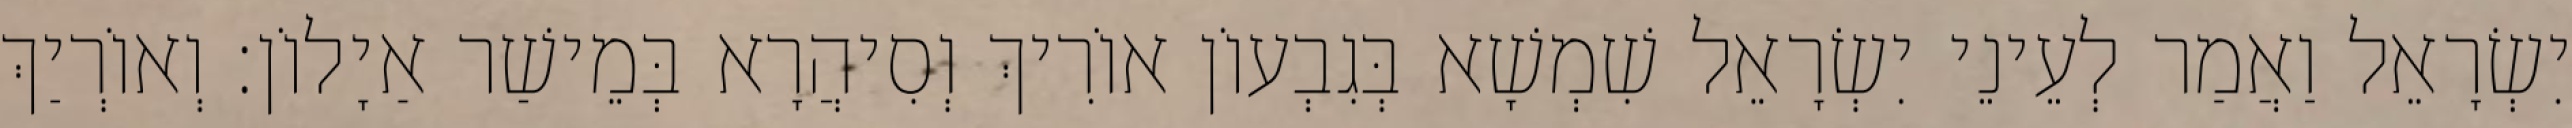
יִשְׂרָאֵל וַאֲמַר לְעֵינֵי יִשְׂרָאֵל שִׁמְשָׁא בְּגִבְעוֹן אוֹרִיךְ וְסִיהֲרָא בְּמֵישַׁר אַיָלוֹן׃ וְאוֹרְיַךְ